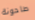
طاحونة